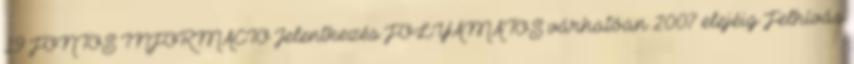
19 FONTOS INFORMÁCIÓ Jelentkezés FOLYAMATOS várhatóan 2007 elejéig Felhívás